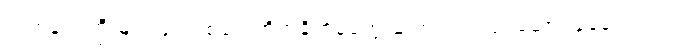
လက်နက်ကြီးများဖြင့် ပစ်ခတ်တိုက်ခိုက်မှုတွေ ဆက်လက်လုပ်ဆောင်နေခဲ့ပါတယ်။